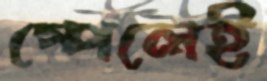
স্পেলেই